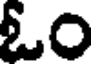
ఓం